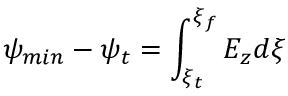
\psi _ { m i n } - \psi _ { t } = \int _ { \xi _ { t } } ^ { \xi _ { f } } E _ { z } d \xi